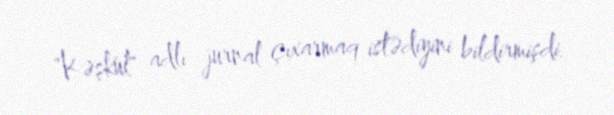
"Kəşkül" adlı jurnal çıxarmaq istədiyini bildirmişdi.